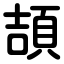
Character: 頡